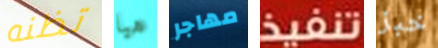
تظنه هيا مهاجر تنفيذ خبز